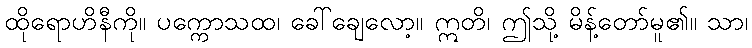
ထိုရောဟိနီကို။ ပက္ကောသထ၊ ခေါ်ချေလော့။ ဣတိ၊ ဤသို့ မိန့်တော်မူ၏။ သာ၊